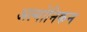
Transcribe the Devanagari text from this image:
अल्गोनिकन